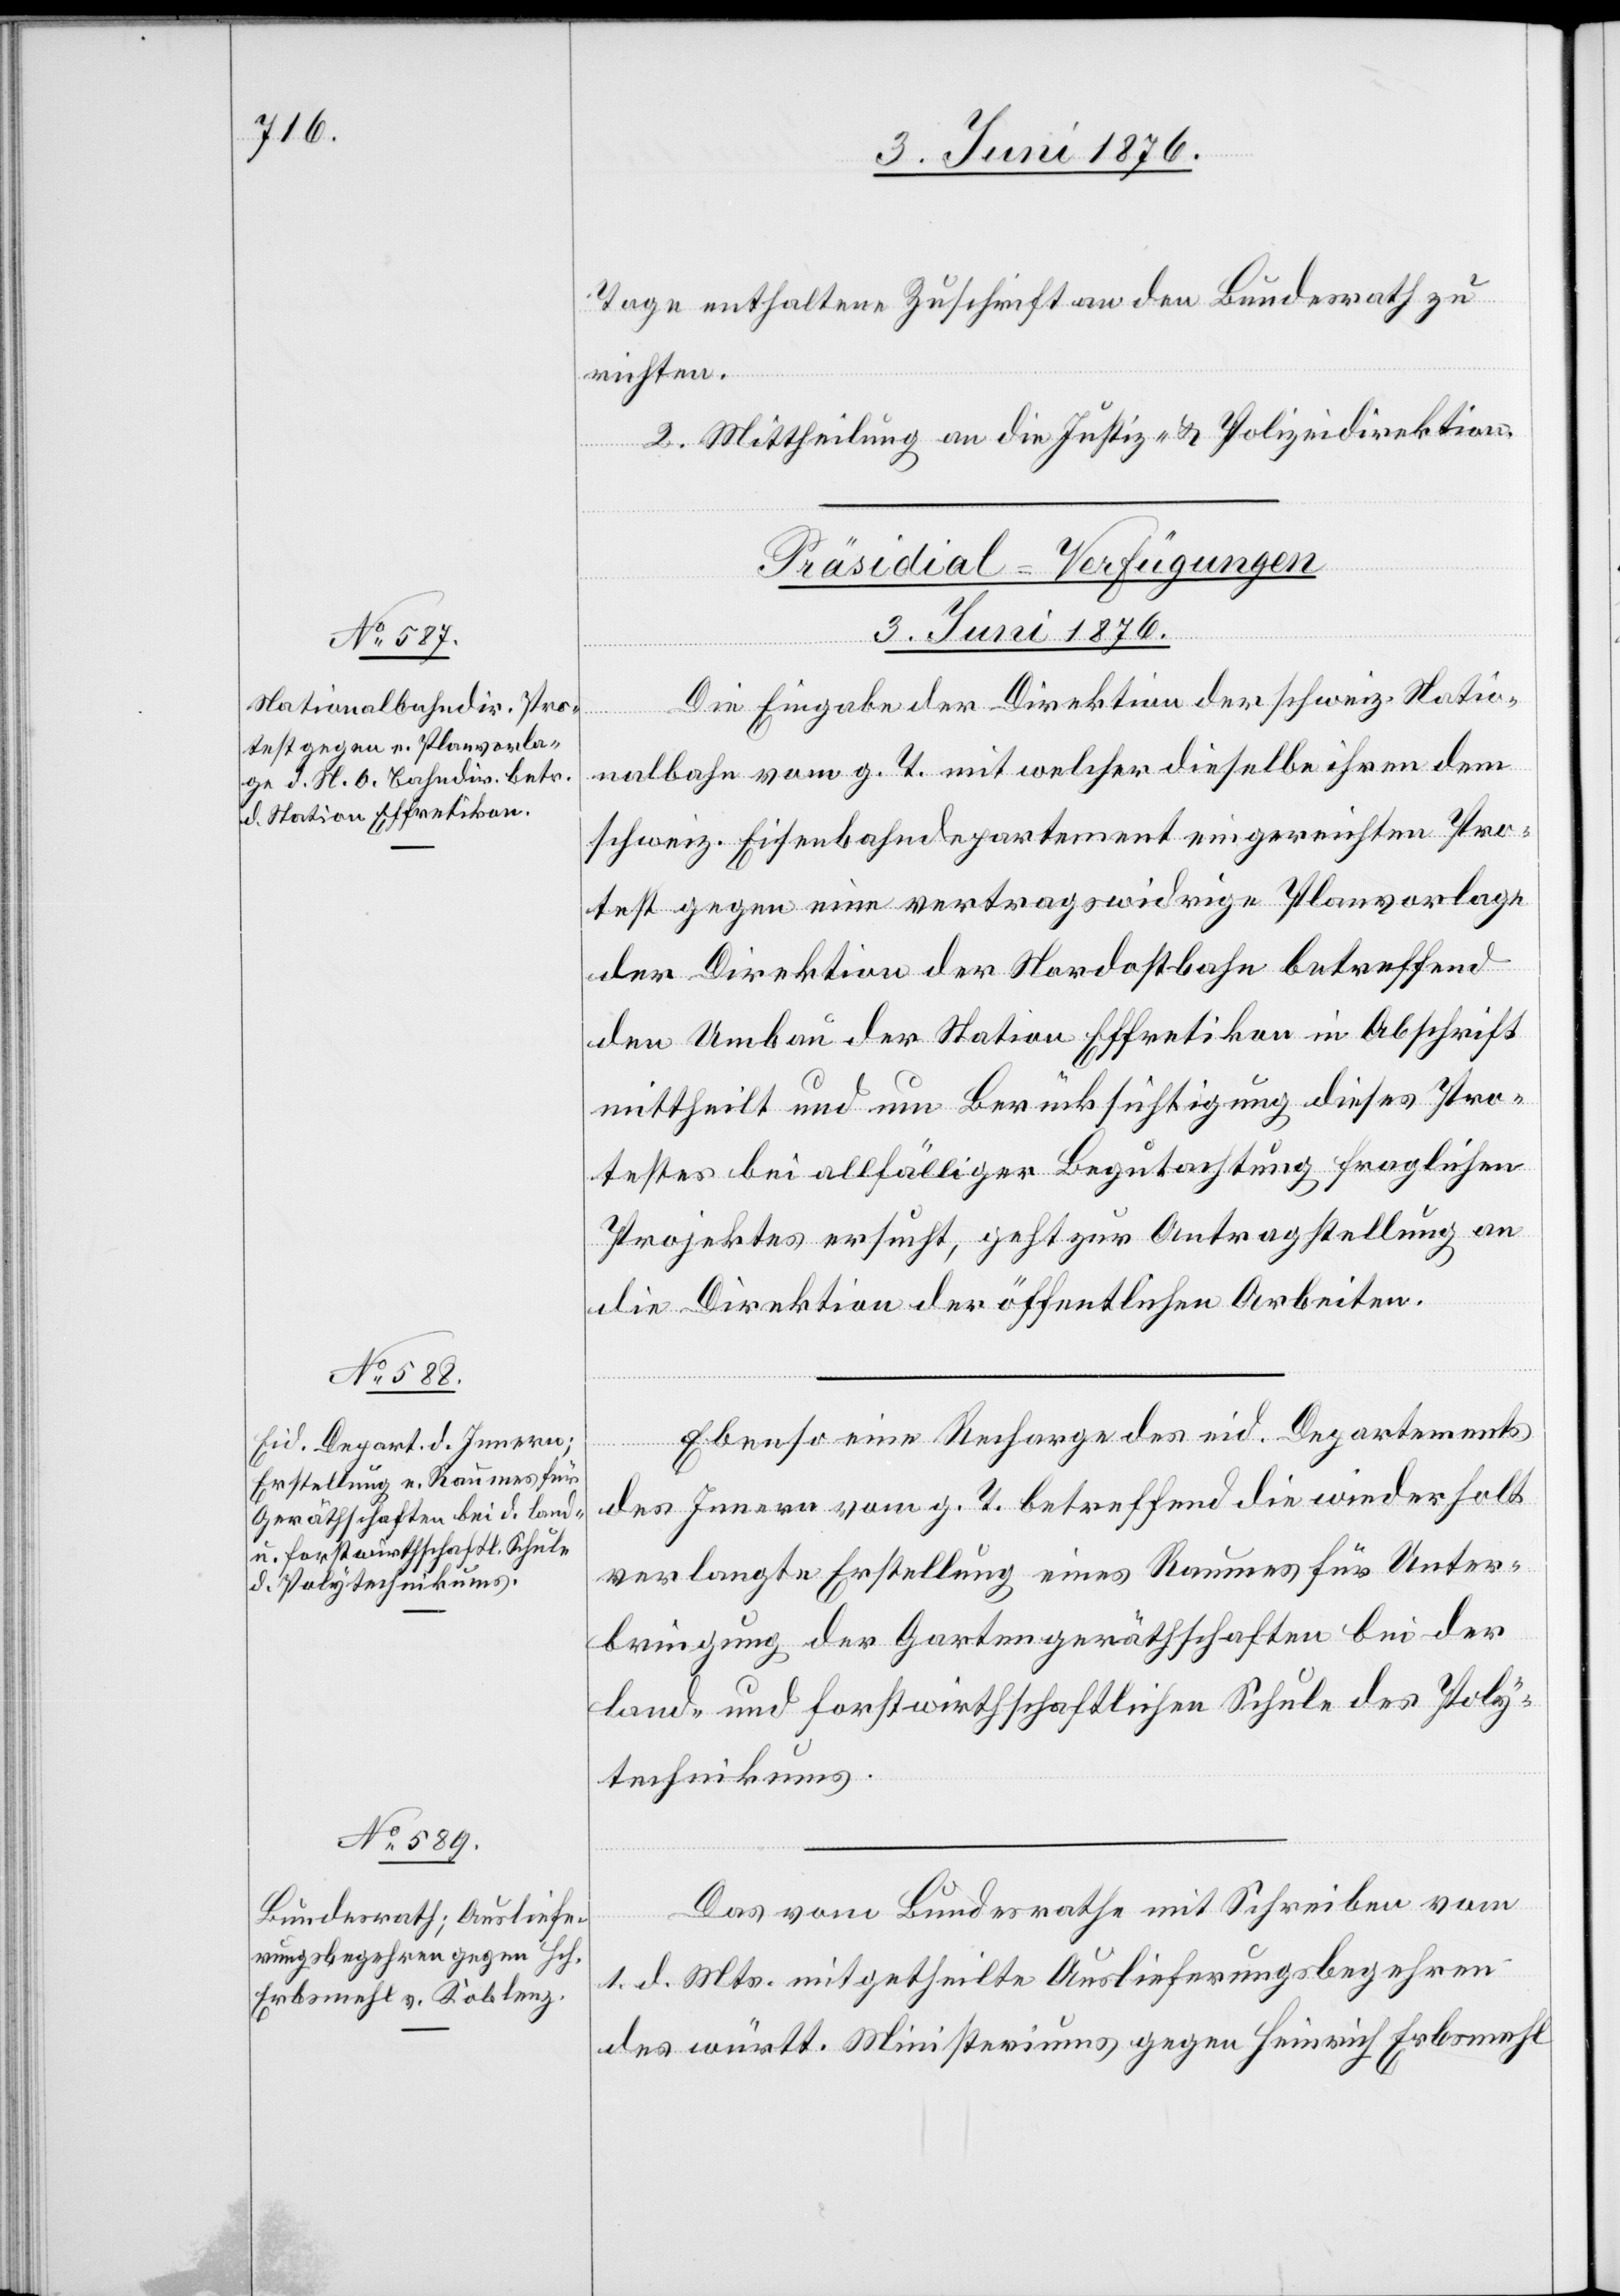
Tage enthaltene Zuschrift an den Bundesrath zu
richten.
2. Mittheilung an die Justiz- & Polizeidirektion.
[Präsidial-Verfügungen
3. Juni 1876.]
Die Eingabe der Direktion der schweiz. Nordo¬
setzung
stbahn vom g. T. mit welcher dieselbe ihren dem
schweiz. Eisenbahndepartement eingereichten Pro¬
test gegen eine vertragswidrige Planvorlage
der Direktion der Nordostbahn betreffend
den Umbau der Station Effretikon in Abschrift
mittheilt und um Berücksichtigung dieses Pro¬
testes bei allfälliger Begutachtung fraglichen
Projektes ersucht, geht zur Antragstellung an
die Direktion der öffentlichen Arbeiten.
Ebenso eine Recharge des eid. Departements
des Innern vom g. T. betreffend die wiederholt
verlangte Erstellung eines Rekurses für Unter¬
bringung der Gartengeräthschaften bei der
land- und forstwirthschaftlichen Schule des Poly¬
technikums.
Das vom Bundesrathe mit Schreiben vom
1. d. Mts. mitgetheilte Auslieferungsbegehren
des württ. Ministeriums gegen Heinrich Erbsmehl